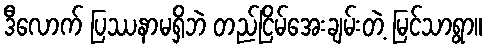
ဒီလောက် ပြဿနာမရှိဘဲ တည်ငြိမ်အေးချမ်းတဲ့ မြင်သာရွာ။